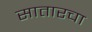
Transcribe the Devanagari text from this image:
सातारचा